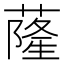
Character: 蕯